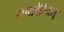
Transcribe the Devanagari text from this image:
सायबेरियातून